Lunatic asylums Punjab 1868-1880 - 1868-1880
Year: 1868
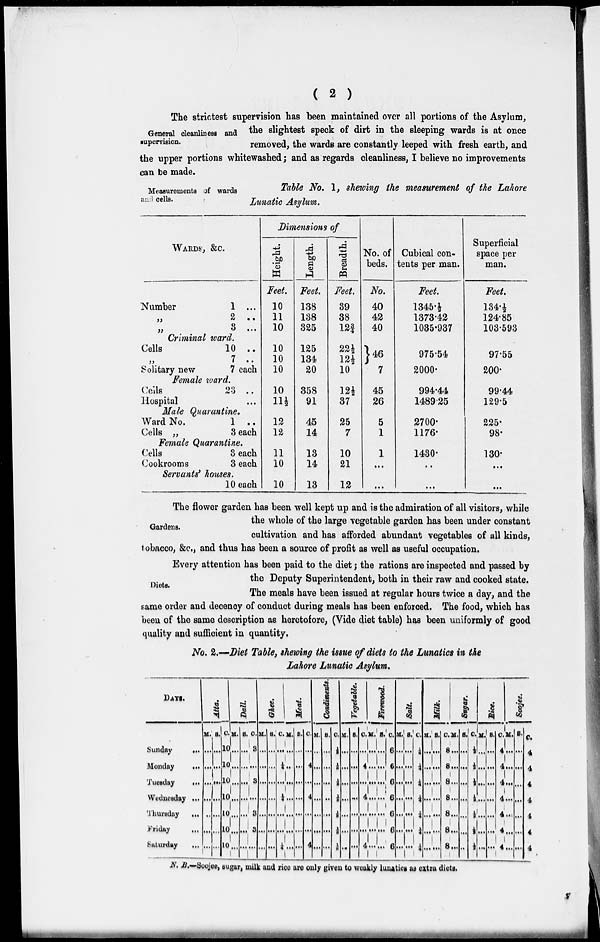
( 2 )
General cleanliness and
supervision.
The strictest supervision has been maintained over all portions of the Asylum,
the slightest speck of dirt in the sleeping wards is at once
removed, the wards are constantly leeped with fresh earth, and
the upper portions whitewashed; and as regards cleanliness, I believe no improvements
can be made.
Measurements of wards
and cells.
Table No. 1, shewing the measurement of the Lahore
Lunatic Asylum.
WARDS, &c.
Number
„
„
1 ...
2 ..
3 ...
Criminal ward.
Cells
„
Solitary new
10 ..
7 ..
7 each
Female ward.
Cells
Hospital
23 ..
...
Male Quarantine.
Ward No.
Cells „
1 ..
3 each
Female Quarantine.
Cells
Cookrooms
3 each
3 each
Servants' houses.
10 each
Dimensions of
Height.
Feet.
10
11
10
10
10
10
10
11½
12
12
11
10
10
Length.
Feet.
138
138
325
125
134
20
358
91
45
14
13
14
13
Breadth.
Feet.
39
38
12¾
22½
12½
10
12½
37
25
7
10
21
12
No. of
beds.
No.
40
42
40
46
7
45
26
5
1
1
...
...
Cubical con-
tents per man.
Feet.
1345.½
1373.42
1035.937
975.54
2000.
994.44
1489.25
2700.
1176.
1430.
..
...
Superficial
space per
man.
Feet.
134.½
124.85
103.593
97.55
200.
99.44
129.5
225.
98.
130.
...
...
Gardens.
The flower garden has been well kept up and is the admiration of all visitors, while
the whole of the large vegetable garden has been under constant
cultivation and has afforded abundant vegetables of all kinds,
tobacco, &c., and thus has been a source of profit as well as useful occupation.
Diets.
Every attention has been paid to the diet; the rations are inspected and passed by
the Deputy Superintendent, both in their raw and cooked state.
The meals have been issued at regular hours twice a day, and the
same order and decency of conduct during meals has been enforced. The food, which has
been of the same description as heretofore, (Vide diet table) has been uniformly of good
quality and sufficient in quantity.
No. 2.—Diet Table, shewing the issue of diets to the Lunatics in the
Lahore Lunatic Asylum.
DAYS.
Sunday
...
Monday
...
Tuesday
...
Wednesday ...
Thursday
...
Friday ...
Saturday
...
Atta.
M.
...
...
...
...
...
...
...
S.
...
...
...
...
...
...
...
C.
10
10
10
10
10
10
10
Dall.
M.
...
...
...
...
...
...
...
S.
...
...
...
...
...
...
...
C.
3
...
3
...
3
3
...
Ghee.
M.
...
...
...
...
...
...
...
S.
...
...
...
...
...
...
...
C
...
¼
...
¼
...
...
¼
Meat.
M.
...
...
...
...
...
...
...
S.
...
...
...
...
...
...
...
C.
...
4
...
4
...
...
4
Condiments.
M.
...
...
...
...
...
...
...
S.
...
...
...
..
...
...
...
C.
1/8
1/8
1/8
1/8
1/8
1/8
1/8
Vegetable.
M.
...
...
...
...
...
...
...
S.
...
...
...
...
...
...
...
C.
...
4
...
4
...
...
4
Firewood.
M.
...
...
...
...
...
...
...
S.
...
...
...
...
...
...
...
C.
6
6
6
6
6
6
6
Salt.
M.
...
...
...
...
...
...
...
S.
...
...
...
...
...
...
...
C.
¼
¼
¼
¼
¼
¼
¼
Milk.
M.
...
...
...
...
...
...
...
S.
...
...
...
...
...
...
...
C.
8
8
8
8
8
8
8
Sugar.
M.
...
...
...
...
...
...
...
S.
...
...
...
...
...
...
...
C.
½
½
½
½
½
½
½
Rice.
M.
...
...
...
...
...
...
...
S.
...
...
...
...
...
...
...
C.
4
4
4
4
4
4
4
Soojee.
M.
...
...
...
...
...
...
...
S.
...
...
...
...
...
...
...
C.
4
4
4
4
4
4
4
N. B.—Soojee, sugar, milk and rice are only given to weakly lunatics as extra diets.